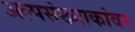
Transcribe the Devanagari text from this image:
अल्पसंख्याकांवर